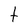
Character: t